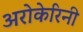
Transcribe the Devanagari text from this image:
अरोकेरिनी